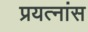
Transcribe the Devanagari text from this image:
प्रयत्नांस